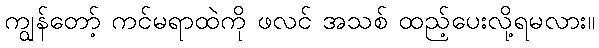
ကျွန်တော့် ကင်မရာထဲကို ဖလင် အသစ် ထည့်ပေးလို့ရမလား။